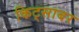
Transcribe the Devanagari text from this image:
किट्साबर